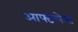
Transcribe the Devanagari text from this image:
आफ्टरपेन्स